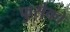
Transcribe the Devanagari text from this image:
फुसेको